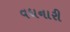
વધનારી